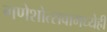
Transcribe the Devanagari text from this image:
गणेशोत्सवामध्येही